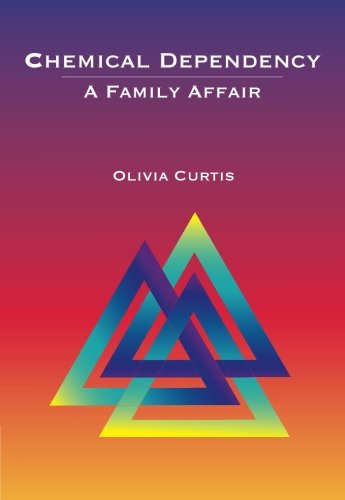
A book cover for Chemical Dependency: A Family Affair (Substance Abuse); Olivia Curtis; Health, Fitness & Dieting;